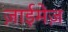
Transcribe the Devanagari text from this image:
ज़ाईमेज़